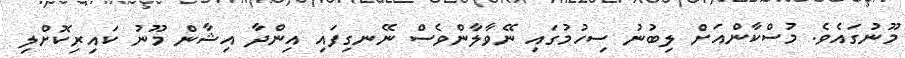
މޫނުގައެވެ. މުސްކާންއަށް ލިބުނު ސިހުމުގައި ނޭވާލާންވެސް ނޭނގިފައި އިންދާ އިޝާން މޫނު ކައިރިކޮށްލި